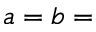
a = b =